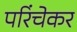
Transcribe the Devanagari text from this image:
परिंचेकर